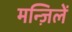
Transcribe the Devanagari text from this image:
मन्ज़िलें